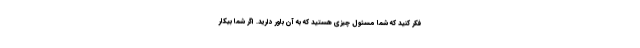
فکر کنید که شما مسئول چیزی هستید که به آن باور دارید. اگر شما بیکار